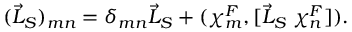
( \vec { \cal L } _ { S } ) _ { m n } = { \delta } _ { m n } \vec { L } _ { S } + ( { \chi } _ { m } ^ { F } , [ { \vec { L } _ { S } } \; { \chi } _ { n } ^ { F } ] ) .